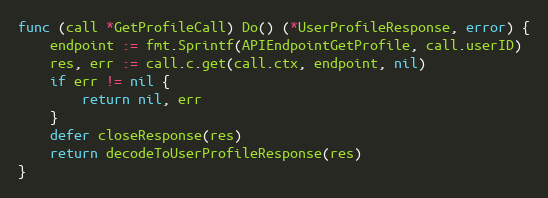
Language: Go
func (call *GetProfileCall) Do() (*UserProfileResponse, error) {
	endpoint := fmt.Sprintf(APIEndpointGetProfile, call.userID)
	res, err := call.c.get(call.ctx, endpoint, nil)
	if err != nil {
		return nil, err
	}
	defer closeResponse(res)
	return decodeToUserProfileResponse(res)
}